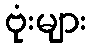
ဗုံးများ